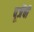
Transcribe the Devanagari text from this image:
पूजेंची